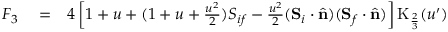
\begin{array} { r l r } { F _ { 3 } } & { { } = } & { 4 \left[ 1 + u + ( 1 + u + \frac { u ^ { 2 } } { 2 } ) { S } _ { i f } - \frac { u ^ { 2 } } { 2 } ( { \bf S } _ { i } \cdot \hat { \bf n } ) ( { \bf S } _ { f } \cdot \hat { \bf n } ) \right] \mathrm { K } _ { \frac { 2 } { 3 } } ( u ^ { \prime } ) } \end{array}